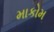
માકોમ